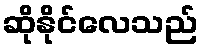
ဆိုနိုင်လေသည်